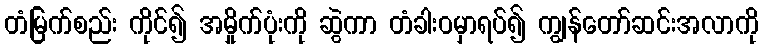
တံမြက်စည်း ကိုင်၍ အမှိုက်ပုံးကို ဆွဲကာ တံခါးဝမှာရပ်၍ ကျွန်တော်ဆင်းအလာကို